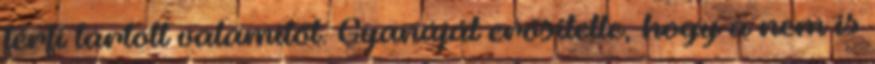
férfi tartott valamitől. Gyanúját erősítette, hogy a nem is